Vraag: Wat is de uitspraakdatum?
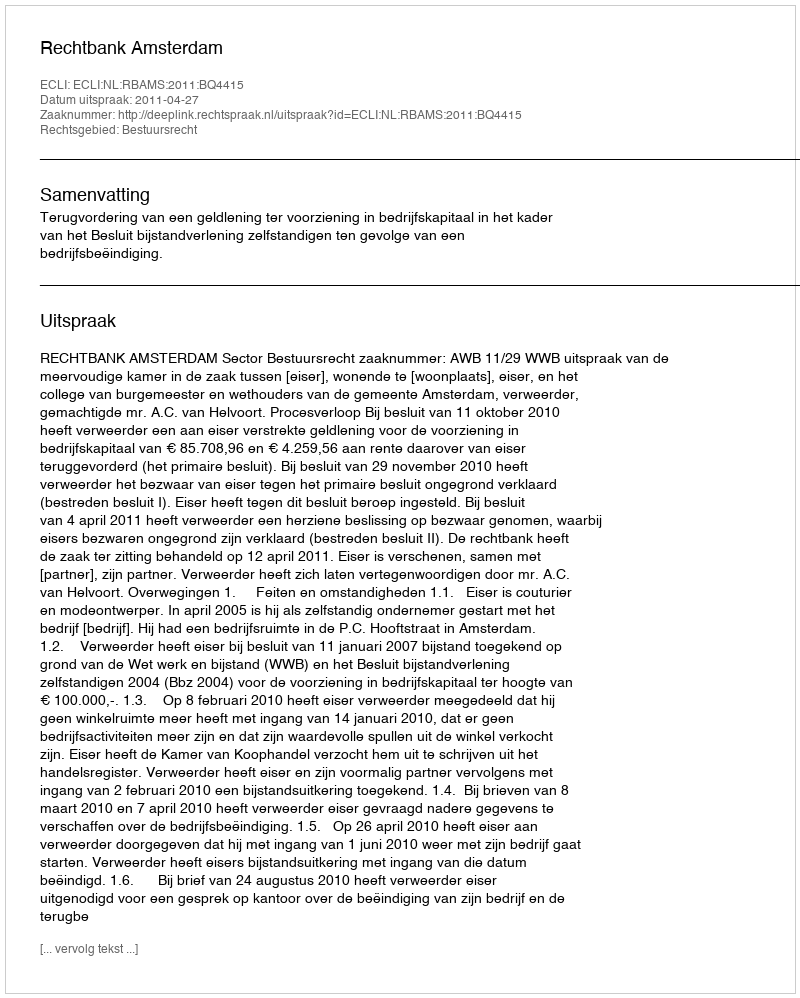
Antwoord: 2011-04-27